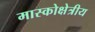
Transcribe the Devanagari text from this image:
मास्कोक्षेत्रीय